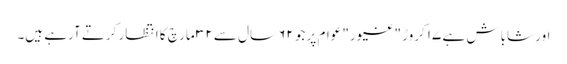
اور شاباش ہے ۱۷ کروڑ "غیور" عوام پر جو ۶۲ سال سے ۳۲ مارچ کا انتظار کرتے آرہے ہیں۔